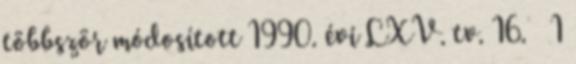
többször módosított 1990. évi LXV. tv. 16. 1